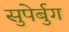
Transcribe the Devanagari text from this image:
सुपेर्बुग